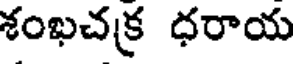
శంఖచక్ర ధరాయ